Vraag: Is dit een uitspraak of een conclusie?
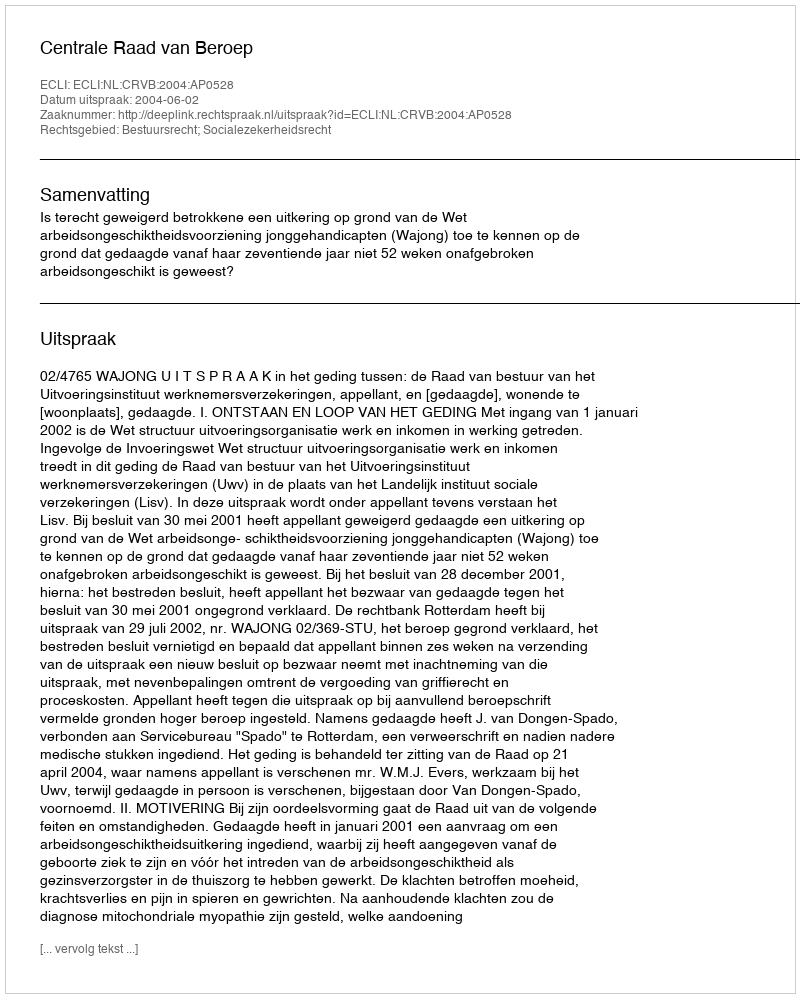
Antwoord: Uitspraak